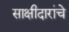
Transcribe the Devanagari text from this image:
साक्षीदारांचे